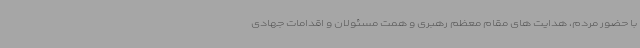
با حضور مردم، هدایت های مقام معظم رهبری و همت مسئولان و اقدامات جهادی